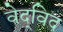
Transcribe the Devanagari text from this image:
वेद्‍विद